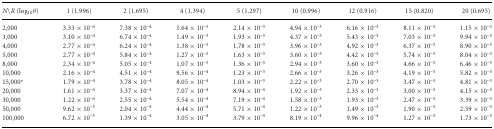
<table><thead><tr><td><b><i>N</i>\<i>R</i> (log<sub>10</sub><i>θ</i>)</b></td><td><b>1 (1.996)</b></td><td><b>2 (1.695)</b></td><td><b>4 (1.394)</b></td><td><b>5 (1.297)</b></td><td><b>10 (0.996)</b></td><td><b>12 (0.916)</b></td><td><b>15 (0.820)</b></td><td><b>20 (0.695)</b></td></tr></thead><tbody><tr><td>2,000</td><td>3.33 × 10<sup>–4</sup></td><td>7.38 × 10<sup>–4</sup></td><td>1.64 × 10<sup>–3</sup></td><td>2.14 × 10<sup>–3</sup></td><td>4.94 × 10<sup>–3</sup></td><td>6.16 × 10<sup>–3</sup></td><td>8.11 × 10<sup>–3</sup></td><td>1.15 × 10<sup>–2</sup></td></tr><tr><td>3,000</td><td>3.10 × 10<sup>–4</sup></td><td>6.74 × 10<sup>–4</sup></td><td>1.49 × 10<sup>–3</sup></td><td>1.93 × 10<sup>–3</sup></td><td>4.37 × 10<sup>–3</sup></td><td>5.43 × 10<sup>–3</sup></td><td>7.03 × 10<sup>–3</sup></td><td>9.94 × 10<sup>–3</sup></td></tr><tr><td>4,000</td><td>2.77 × 10<sup>–4</sup></td><td>6.24 × 10<sup>–4</sup></td><td>1.38 × 10<sup>–3</sup></td><td>1.78 × 10<sup>–3</sup></td><td>3.96 × 10<sup>–3</sup></td><td>4.92 × 10<sup>–3</sup></td><td>6.37 × 10<sup>–3</sup></td><td>8.90 × 10<sup>–3</sup></td></tr><tr><td>5,000</td><td>2.77 × 10<sup>–4</sup></td><td>5.84 × 10<sup>–4</sup></td><td>1.27 × 10<sup>–3</sup></td><td>1.63 × 10<sup>–3</sup></td><td>3.60 × 10<sup>–3</sup></td><td>4.42 × 10<sup>–3</sup></td><td>5.74 × 10<sup>–3</sup></td><td>8.04 × 10<sup>–3</sup></td></tr><tr><td>8,000</td><td>2.34 × 10<sup>–4</sup></td><td>5.05 × 10<sup>–4</sup></td><td>1.07 × 10<sup>–3</sup></td><td>1.36 × 10<sup>–3</sup></td><td>2.94 × 10<sup>–3</sup></td><td>3.60 × 10<sup>–3</sup></td><td>4.66 × 10<sup>–3</sup></td><td>6.46 × 10<sup>–3</sup></td></tr><tr><td>10,000</td><td>2.16 × 10<sup>–4</sup></td><td>4.51 × 10<sup>–4</sup></td><td>9.56 × 10<sup>–4</sup></td><td>1.23 × 10<sup>–3</sup></td><td>2.66 × 10<sup>–3</sup></td><td>3.26 × 10<sup>–3</sup></td><td>4.19 × 10<sup>–3</sup></td><td>5.82 × 10<sup>–3</sup></td></tr><tr><td>15,000*</td><td>1.79 × 10<sup>–4</sup></td><td>3.78 × 10<sup>–4</sup></td><td>8.05 × 10<sup>–4</sup></td><td>1.03 × 10<sup>–3</sup></td><td>2.22 × 10<sup>–3</sup></td><td>2.70 × 10<sup>–3</sup></td><td>3.47 × 10<sup>–3</sup></td><td>4.81 × 10<sup>–3</sup></td></tr><tr><td>20,000</td><td>1.61 × 10<sup>–4</sup></td><td>3.37 × 10<sup>–4</sup></td><td>7.07 × 10<sup>–4</sup></td><td>8.94 × 10<sup>–4</sup></td><td>1.92 × 10<sup>–3</sup></td><td>2.33 × 10<sup>–3</sup></td><td>3.00 × 10<sup>–3</sup></td><td>4.15 × 10<sup>–3</sup></td></tr><tr><td>30,000</td><td>1.22 × 10<sup>–4</sup></td><td>2.55 × 10<sup>–4</sup></td><td>5.54 × 10<sup>–4</sup></td><td>7.19 × 10<sup>–4</sup></td><td>1.58 × 10<sup>–3</sup></td><td>1.93 × 10<sup>–3</sup></td><td>2.47 × 10<sup>–3</sup></td><td>3.39 × 10<sup>–3</sup></td></tr><tr><td>50,000</td><td>9.62 × 10<sup>–5</sup></td><td>2.04 × 10<sup>–4</sup></td><td>4.44 × 10<sup>–4</sup></td><td>5.71 × 10<sup>–4</sup></td><td>1.22 × 10<sup>–3</sup></td><td>1.49 × 10<sup>–3</sup></td><td>1.90 × 10<sup>–3</sup></td><td>2.59 × 10<sup>–3</sup></td></tr><tr><td>100,000</td><td>6.72 × 10<sup>–5</sup></td><td>1.39 × 10<sup>–4</sup></td><td>3.05 × 10<sup>–4</sup></td><td>3.79 × 10<sup>–4</sup></td><td>8.19 × 10<sup>–4</sup></td><td>9.96 × 10<sup>–4</sup></td><td>1.27 × 10<sup>–3</sup></td><td>1.73 × 10<sup>–3</sup></td></tr></tbody></table>